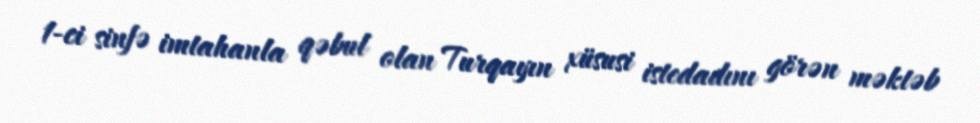
1-ci sinfə imtahanla qəbul olan Turqayın xüsusi istedadını görən məktəb